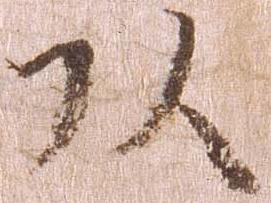
頭